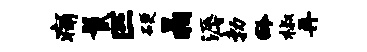
痛鬣匹硬晶溽勃龄椒再